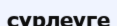
сүрлеуге